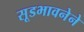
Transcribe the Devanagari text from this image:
सूडभावनेने